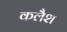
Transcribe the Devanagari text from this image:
कलैश